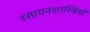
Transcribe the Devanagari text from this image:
रसायनशास्त्रियों